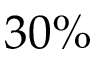
3 0 \%